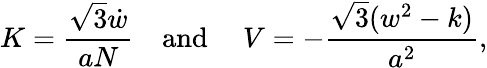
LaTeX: K=\frac{\sqrt 3\dot{w}}{aN}\quad\mathrm{and~}\quad V=-\frac{\sqrt 3(w^{2}-k)}{a^{2}},